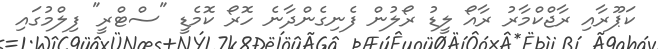
ކަޕޫރާއި ރާޖްކްމާރު ރާއޯ ލީޑު ރޯލުން ފެނިގެންދާނެ ހޮރޯ ކޮމެޑީ "ސްޓްރީ" ފިލްމުގައި